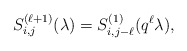
\begin{align*}S^{(\ell+1)}_{i,j}(\lambda)=S^{(1)}_{i,j-\ell}(q^{\ell} \lambda),\end{align*}